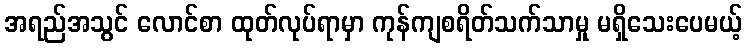
အရည်အသွင် လောင်စာ ထုတ်လုပ်ရာမှာ ကုန်ကျစရိတ်သက်သာမှု မရှိသေးပေမယ့်